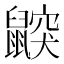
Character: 鼵